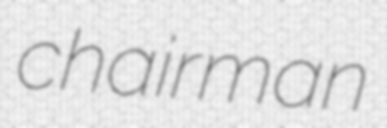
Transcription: chairman